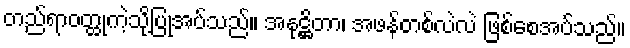
တည်ရာဝတ္ထုကဲ့သို့ပြုအပ်သည်။ အနုဋ္ဌိတာ၊ အဖန်တစ်လဲလဲ ဖြစ်စေအပ်သည်။